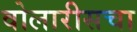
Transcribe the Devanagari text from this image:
वोलारीसचा